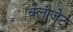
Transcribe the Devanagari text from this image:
क्लौजेट